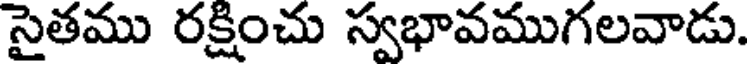
సైతము రక్షించు స్వభావముగలవాడు.